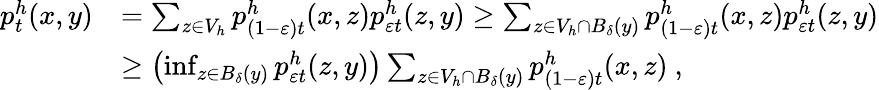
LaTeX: \begin{array}{rl}{p_{t}^{h}(x,y)}&{=\sum_{z\in V_{h}}p_{(1-\varepsilon)t}^{h}(x,z)p_{\varepsilon t}^{h}(z,y)\geq\sum_{z\in V_{h}\cap B_{\delta}(y)}p_{(1-\varepsilon)t}^{h}(x,z)p_{\varepsilon t}^{h}(z,y)}\\ &{\geq\left(\operatorname*{inf}_{z\in B_{\delta}(y)}p_{\varepsilon t}^{h}(z,y)\right)\sum_{z\in V_{h}\cap B_{\delta}(y)}p_{(1-\varepsilon)t}^{h}(x,z)\ ,}\end{array}